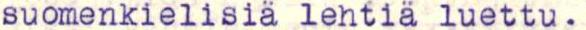
suomenkielisiä lehtiä luettu.